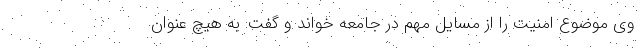
وی موضوع امنیت را از مسایل مهم در جامعه خواند و گفت: به هیچ عنوان